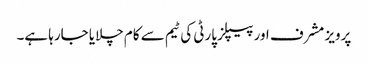
پرویز مشرف اور پیپلز پارٹی کی ٹیم سے کام چلایا جارہا ہے۔